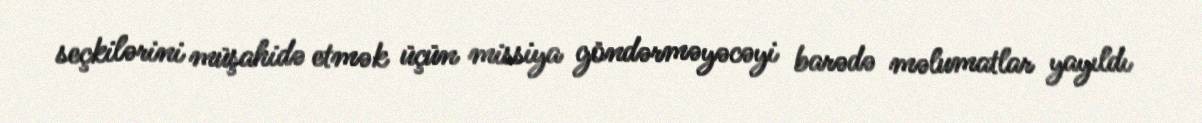
seçkilərini müşahidə etmək üçün missiya göndərməyəcəyi barədə məlumatlar yayıldı